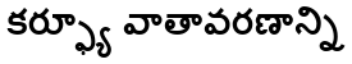
కర్ఫ్యూ వాతావరణాన్ని